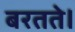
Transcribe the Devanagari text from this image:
बरतते।